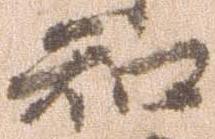
知